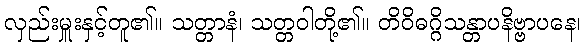
လှည်းမှူးနှင့်တူ၏။ သတ္တာနံ၊ သတ္တဝါတို့၏။ တိဝိဓဂ္ဂိသန္တာပနိဗ္ဗာပနေ၊